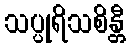
သပ္ပုရိသစိန္တီ